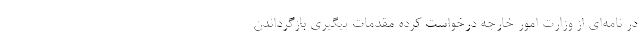
در نامه‌ای از وزارت امور خارجه درخواست کرده مقدمات پیگیری بازگرداندن